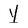
Character: Y